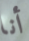
أنا